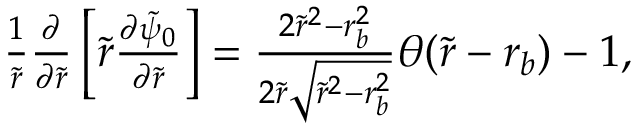
\begin{array} { r } { \frac { 1 } { \tilde { r } } \frac { \partial } { \partial \tilde { r } } \left[ \tilde { r } \frac { \partial \tilde { \psi } _ { 0 } } { \partial \tilde { r } } \right] = \frac { 2 \tilde { r } ^ { 2 } - r _ { b } ^ { 2 } } { 2 \tilde { r } \sqrt { \tilde { r } ^ { 2 } - r _ { b } ^ { 2 } } } \theta ( \tilde { r } - r _ { b } ) - 1 , } \end{array}